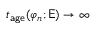
t _ { \mathsf { a g e } } ( \varphi _ { n } ; \mathsf { E } ) \to \infty